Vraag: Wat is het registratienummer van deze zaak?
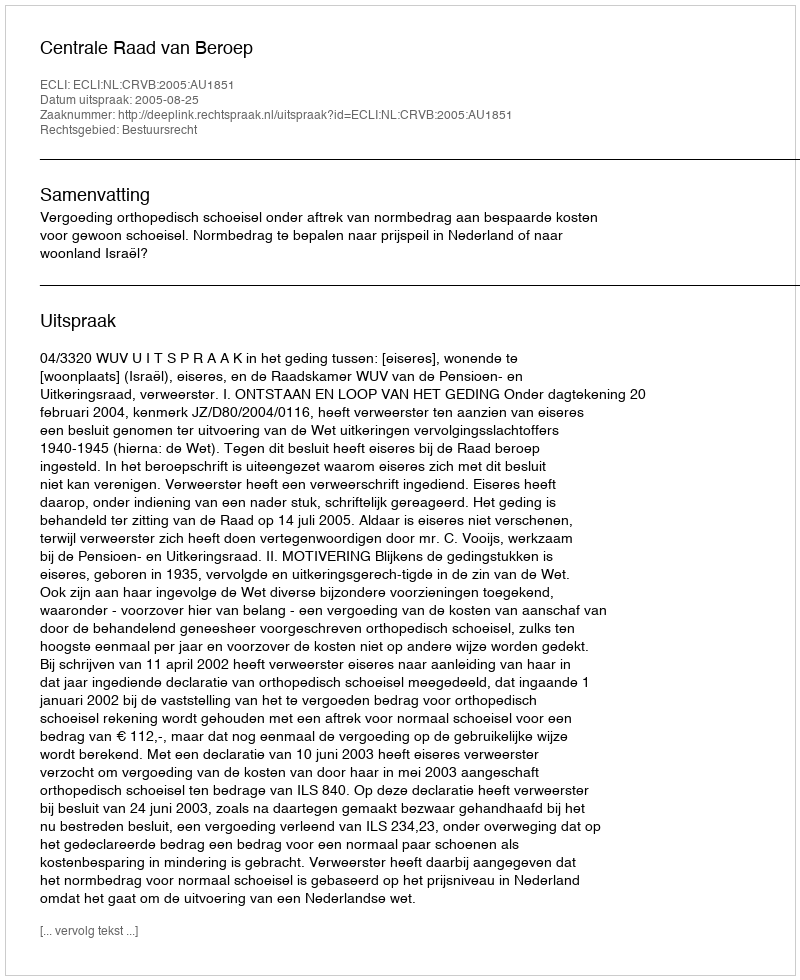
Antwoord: http://deeplink.rechtspraak.nl/uitspraak?id=ECLI:NL:CRVB:2005:AU1851